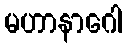
မဟာနာဂေါ